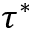
\tau ^ { \ast }